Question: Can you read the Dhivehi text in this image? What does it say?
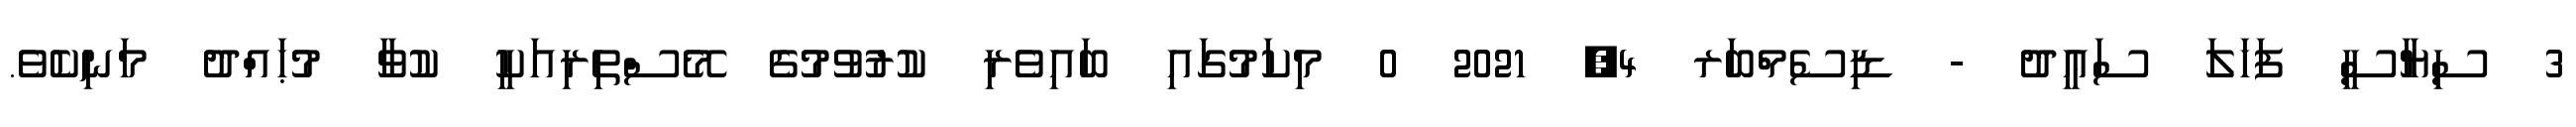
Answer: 3 ސިޔާސީ ފަހަލަ ސަޢީދު - ޑިސެމްބަރ 4, 2021 0 މިކަމުގައި ބައިވެރި ކުރުވުމުގެ މޭސްތިރިއަކީ ކުވާ މުޙައްދު މަނިކެވެ.